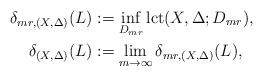
LaTeX: \begin{align*} \delta_{mr,(X,\Delta)}(L)&:=\inf_{D_{mr}}\mathrm{lct}(X,\Delta;D_{mr}),\\\delta_{(X,\Delta)}(L)&:=\lim_{m\to\infty}\delta_{mr,(X,\Delta)}(L),\end{align*}